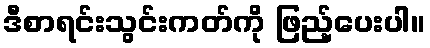
ဒီစာရင်းသွင်းကတ်ကို ဖြည့်ပေးပါ။